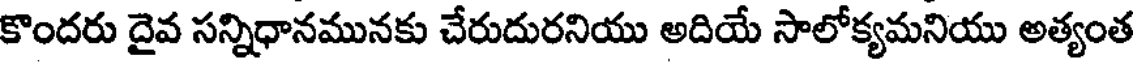
కొందరు దైవ సన్నిధానమునకు చేరుదురనియు అదియే సాలోక్యమనియు అత్యంత